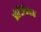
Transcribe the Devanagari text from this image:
प्रीतिविवाह